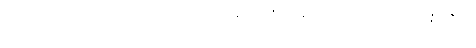
ဝမ်းလျှာအသားသည်။ ပိဟကံ၊ အဖျဉ်းမည်၏။ သရီရဗ္တန္တရေ၊ ကိုယ်အတွင်း၌။ ဒွိန္နံထနာနံ၊